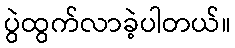
ပွဲထွက်လာခဲ့ပါတယ်။